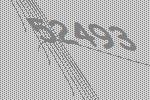
52493